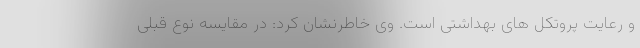
و رعایت پروتکل های بهداشتی است. وی خاطرنشان کرد: در مقایسه نوع قبلی